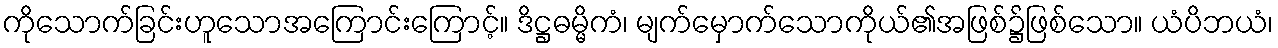
ကိုသောက်ခြင်းဟူသောအကြောင်းကြောင့်။ ဒိဋ္ဌဓမ္မိကံ၊ မျက်မှောက်သောကိုယ်၏အဖြစ်၌ဖြစ်သော။ ယံပိဘယံ၊